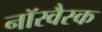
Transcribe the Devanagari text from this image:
नॉरवैस्क